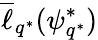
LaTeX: \overline{{\ell}}_{q^{*}}(\psi_{q^{*}}^{*})